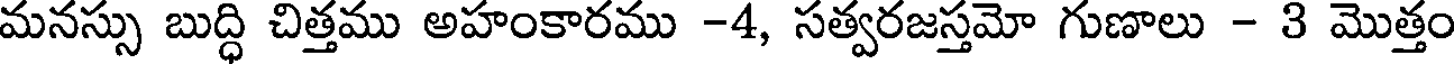
మనస్సు బుద్ధి చిత్తము అహంకారము -4, సత్వరజస్తమో గుణాలు - 3 మొత్తం